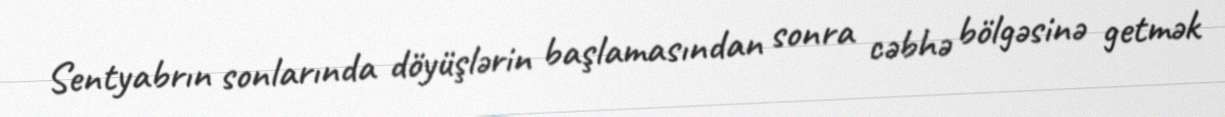
Sentyabrın sonlarında döyüşlərin başlamasından sonra cəbhə bölgəsinə getmək